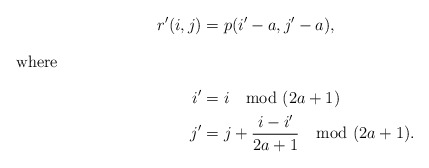
\begin{align*}r'(i,j) &= p(i' -a, j'-a), \\\intertext{where}i' & = i \mod(2a+1) \\j'&=j+\displaystyle\frac{i-i'}{2a+1} \mod (2a+1).\end{align*}